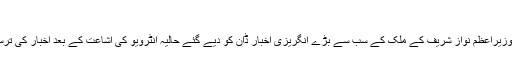
’
اس سے پہلے صحافیوں کی بین الاقوامی تنظیم رپورٹرز ود آؤٹ بارڈرز نے سابق وزیراعظم نواز شریف کے ملک کے سب سے بڑے انگریزی اخبار ڈان کو دیے گئے حالیہ انٹرویو کی اشاعت کے بعد اخبار کی ترسیل روکنے پر تشویش کا اظہار کرتے ہوئے اسے آزادی صحافت پر حملہ قرار دیا۔